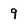
Character: 9